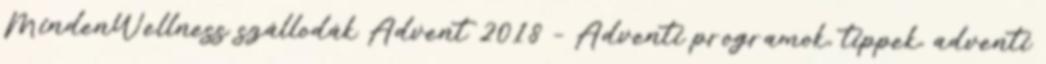
MindenWellness szállodák Advent 2018 – Adventi programok, tippek, adventi